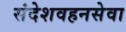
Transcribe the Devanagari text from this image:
संदेशवहनसेवा